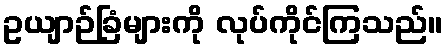
ဥယျာဉ်ခြံများကို လုပ်ကိုင်ကြသည်။